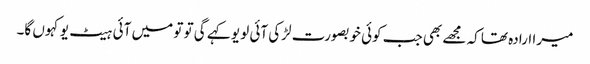
میرا ارادہ تھا کہ مجھے بھی جب کوئی خوبصورت لڑکی آئی لو یو کہے گی تو تو میں آئی ہیٹ یو کہوں گا۔